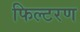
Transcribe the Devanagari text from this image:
फिल्टरण